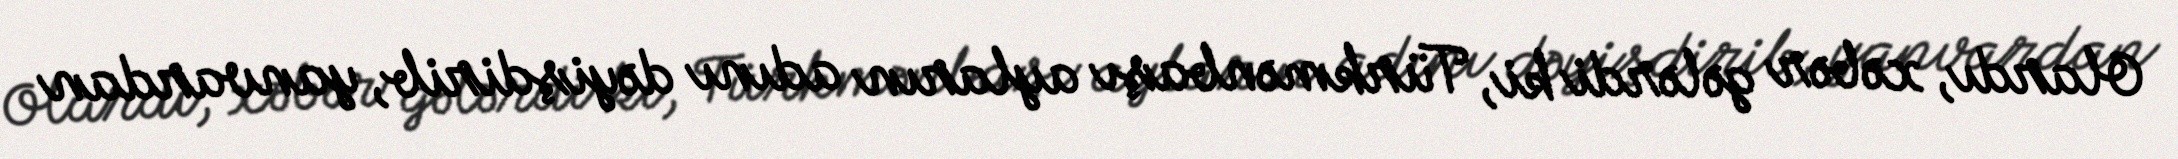
Olardı, xəbər gələrdi ki, Türkmənbaşı ayların adını dəyişdirib, yanvardan